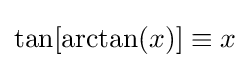
\tan[\arctan(x)]\equiv x